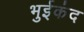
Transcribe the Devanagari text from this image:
भुईकंद